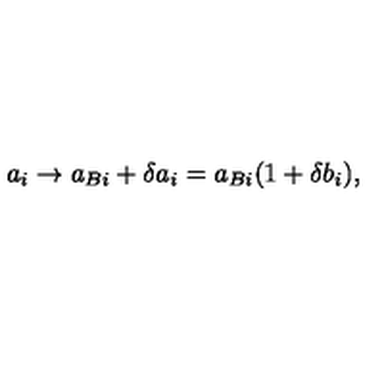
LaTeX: a _ { i } \to a _ { B i } + \delta a _ { i } = a _ { B i } ( 1 + \delta b _ { i } ) ,